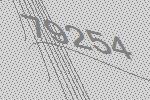
79254